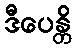
ဒီပေန္တိ